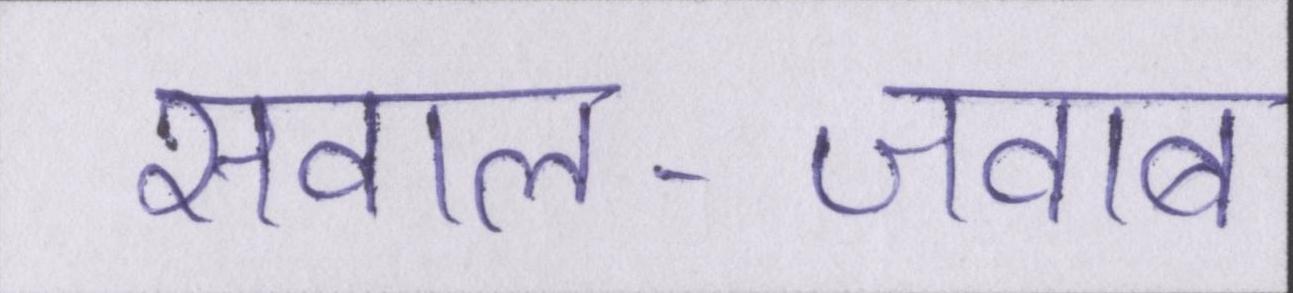
सवाल-जवाब